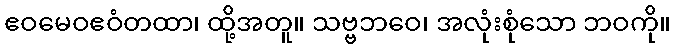
ဧဝမေဝဧဝံတထာ၊ ထို့အတူ။ သဗ္ဗဘဝေ၊ အလုံးစုံသော ဘဝကို။